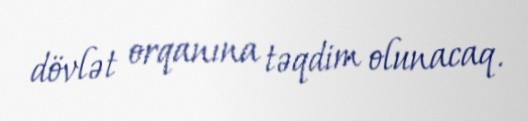
dövlət orqanına təqdim olunacaq.